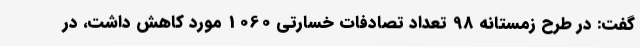
گفت: در طرح زمستانه 98 تعداد تصادفات خسارتی 1060 مورد کاهش داشت، در